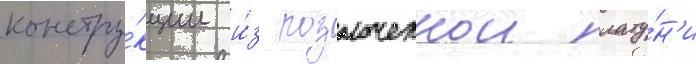
констру́кции и́з позолоченнои лату́н'и